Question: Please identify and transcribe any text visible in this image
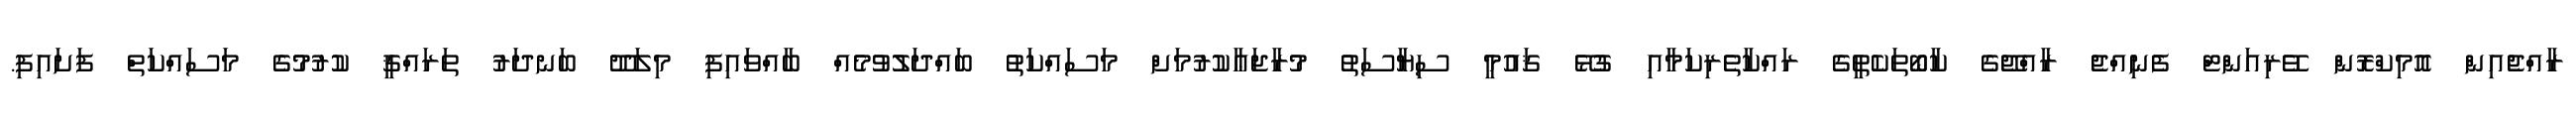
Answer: ރާއްޖެއިން އޮމިކްރޮން ވޭރިއަންޓް ފެނިއްޖެ ރާއްޖޭގެ ކާބޯތަކެތީގެ ރައްކާތެރިކަމާއި ގުޅޭ ޤައުމީ ސިޔާސަތު މުރާޖަޢާކުރުމަށް މަސައްކަތު ބައްދަލުވުމެއް ބާއްވައިފި މިލަދޫ ބަނދަރު ތަރައްޤީ ކުރުމުގެ މަސައްކަތް ފަށައިފި.